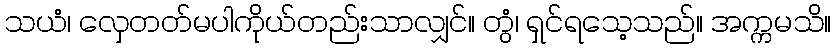
သယံ၊ လှေတတ်မပါကိုယ်တည်းသာလျှင်။ တွံ၊ ရှင်ရသေ့သည်။ အက္ကမသိ။